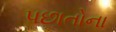
પછાતોના